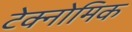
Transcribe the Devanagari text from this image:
टेक्नोमिक